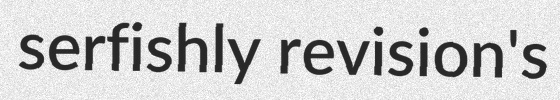
serfishly revision's